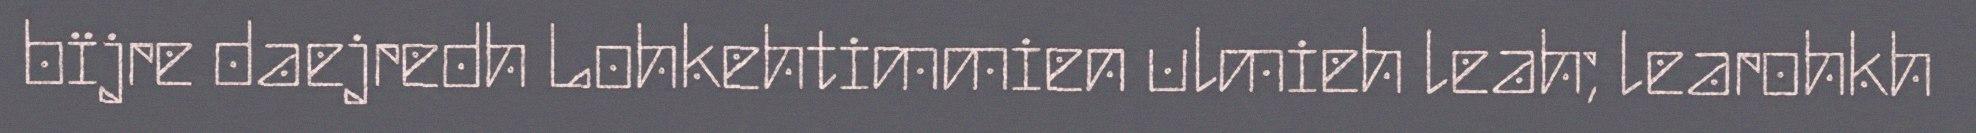
bïjre daejredh Lohkehtimmien ulmieh leah; learohkh